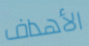
الأهداف